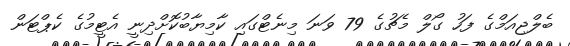
ބެލްޖިއަމްގެ ފަހު ގޯލް މެޗުގެ 79 ވަނަ މިނެޓްގައި ކާމިޔާބުކޮށްދިނީ އެޓީމުގެ ކެޕްޓަން